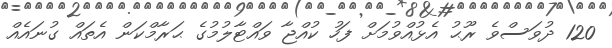
120 ދުވަސްވެ ރޫޙު އެޅުއްވުމަށް ފަހު ކުއްޖާ ވައްޓާލުމުގެ ޙަރާމްކަން އެތައް ގުނައެއް